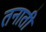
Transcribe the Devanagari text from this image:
तनाती